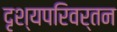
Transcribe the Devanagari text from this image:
दृश्यपरिवर्तन